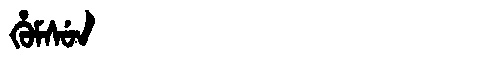
Manchu: ᡥᡠᠮᠰᡠᠨ
Romanization: HUMSUN